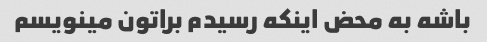
باشه به محض اینکه رسیدم براتون مینویسم